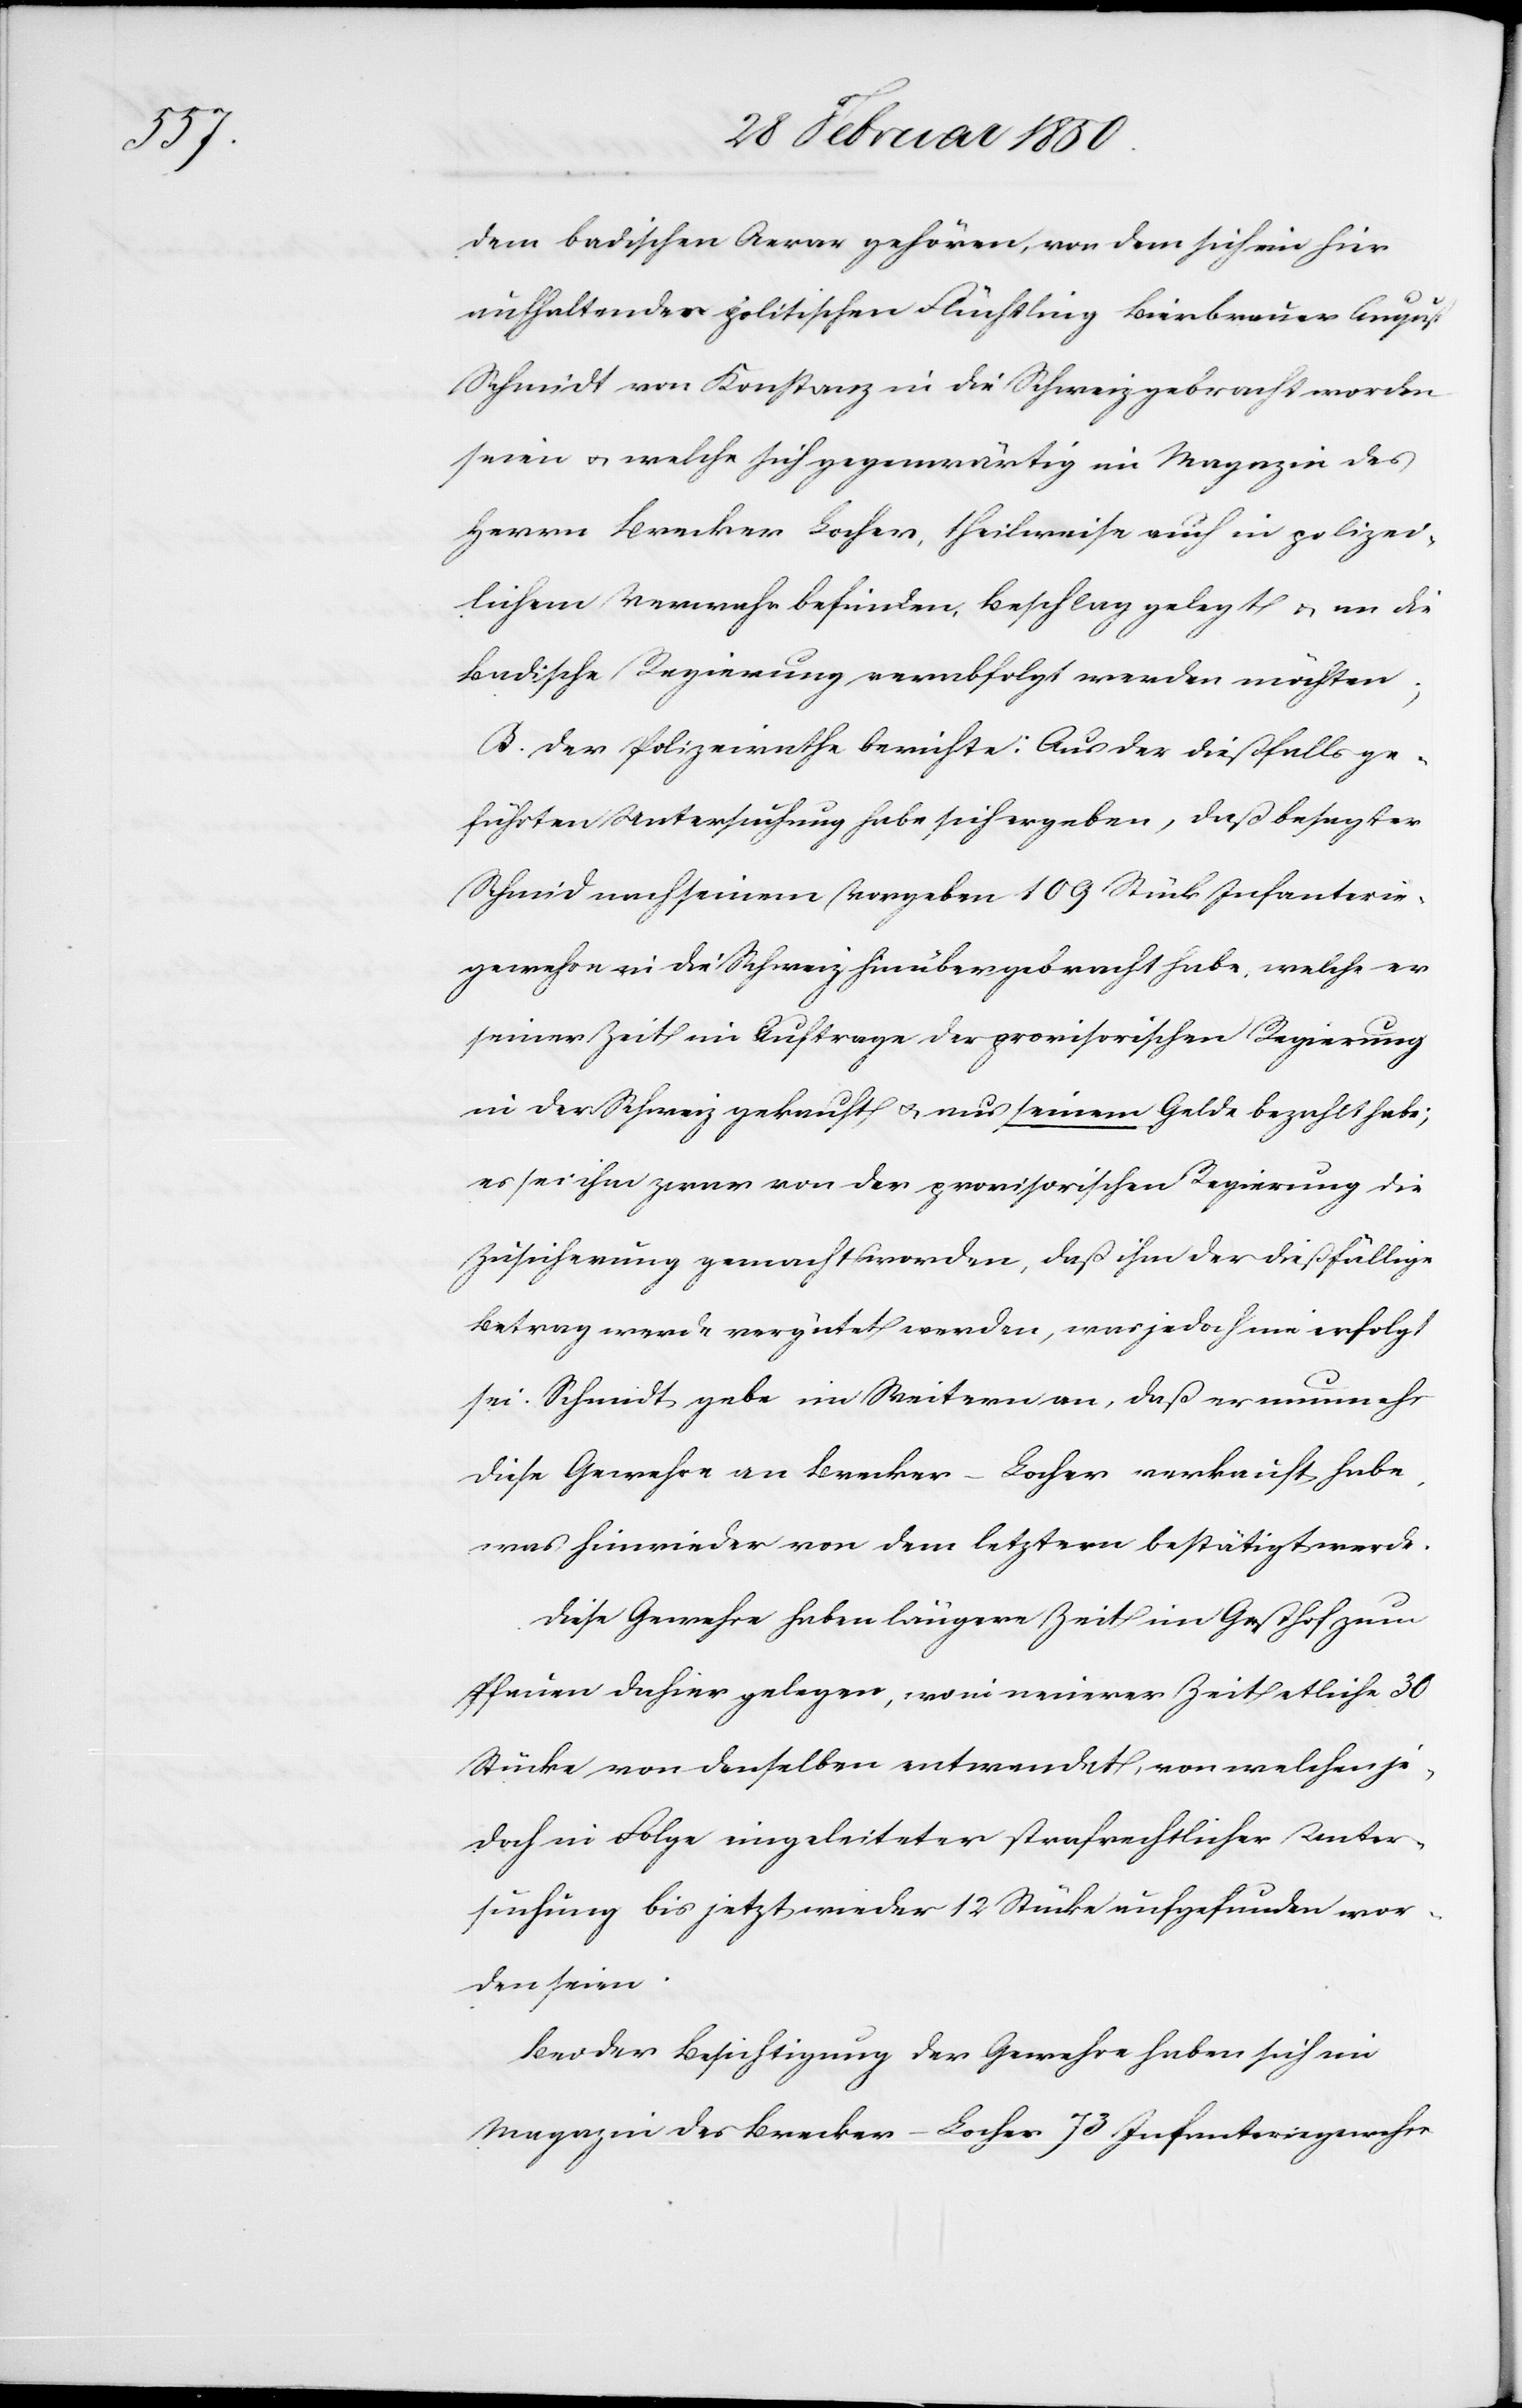
dem badischen Aerar gehören, [und welche] von dem
aufhaltenden politischen Flüchtling Bierbrauer August
Schmidt von Konstanz in die Schweiz gebracht worden
seien u. welche sich gegenwärtig im Magazine des
Herrn Brecker Locher, theilweise auch in polizei¬
lichem Verwahr befinden, Beschlag gelegt, u. an die
Badische Regierung verabfolgt werden möchten;
B. Der Polizeirath berichte: Aus der dießfalls ge¬
führten Untersuchung habe sich ergeben, daß besagter
[sic!] nach seinem Vorgeben 109 Stück Infanterie¬
gewehre in die Schweiz hinübergebracht habe, welche er
seiner Zeit im Auftrage der provisorischen Regierung
in der Schweiz gekauft u. aus seinem Gelde bezahlt habe;
es sei ihm zwar von der provisorischen Regierung die
Zusicherung gemacht worden, daß ihm der dießfällige
Betrag werde vergütet werden, was jedoch nie erfolgt
sei. Schmidt gebe im Weitern an, das er nunmehr
diese Gewehre an Brecker-Locher verkauft habe,
was hinwieder von dem letztern bestätigt werde.
Diese Gewehre haben längere Zeit im Gasthof zum
Pfauen dahier gelegen, wo in neuerer Zeit etliche 30
Stücke von denselben entwendet, von welchen je¬
doch in Folge eingeleiteter strafrechtlicher Unter¬
suchung bis jetzt wieder 12 Stück aufgefunden wor¬
den seien.
Bei der Besichtigung der Gewehre haben sich im
Magazin des Brecker-Locher 73 Infanteriegewehre